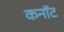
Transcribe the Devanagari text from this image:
कनाॅट